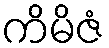
ကိမိဇံ